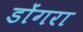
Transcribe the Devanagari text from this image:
डोंगरा